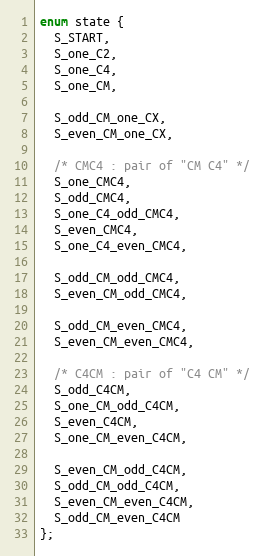
Language: C
enum state {
  S_START,
  S_one_C2,
  S_one_C4,
  S_one_CM,

  S_odd_CM_one_CX,
  S_even_CM_one_CX,

  /* CMC4 : pair of "CM C4" */
  S_one_CMC4,
  S_odd_CMC4,
  S_one_C4_odd_CMC4,
  S_even_CMC4,
  S_one_C4_even_CMC4,

  S_odd_CM_odd_CMC4,
  S_even_CM_odd_CMC4,

  S_odd_CM_even_CMC4,
  S_even_CM_even_CMC4,

  /* C4CM : pair of "C4 CM" */
  S_odd_C4CM,
  S_one_CM_odd_C4CM,
  S_even_C4CM,
  S_one_CM_even_C4CM,

  S_even_CM_odd_C4CM,
  S_odd_CM_odd_C4CM,
  S_even_CM_even_C4CM,
  S_odd_CM_even_C4CM
};